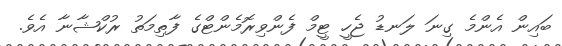
ބައިން އެންމެ ގިނަ ލަނޑު ޖެހީ ޓީމް ފެންވިރޮމެންޓްގެ ފާތިމަތު ރުކްޝާނާ އެވެ.